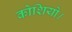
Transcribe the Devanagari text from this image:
कोशियो।